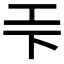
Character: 𭘃